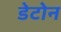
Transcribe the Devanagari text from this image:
डेटोन